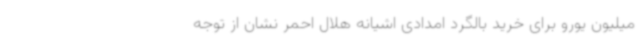
میلیون یورو برای خرید بالگرد امدادی اشیانه هلال احمر نشان از توجه